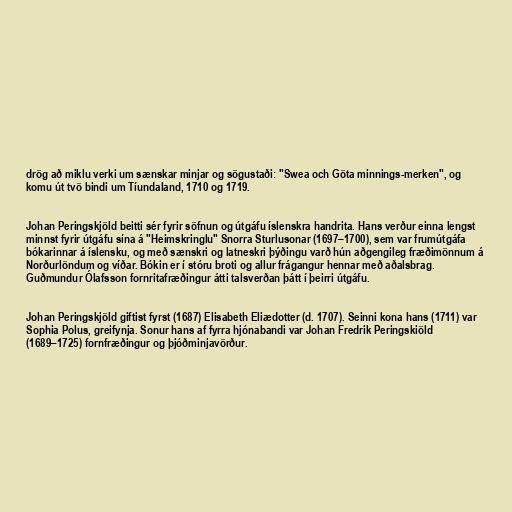
drög að miklu verki um sænskar minjar og sögustaði: "Swea och Göta minnings-merken", og
komu út tvö bindi um Tíundaland, 1710 og 1719.

Johan Peringskjöld beitti sér fyrir söfnun og útgáfu íslenskra handrita. Hans verður einna lengst
minnst fyrir útgáfu sína á "Heimskringlu" Snorra Sturlusonar (1697–1700), sem var frumútgáfa
bókarinnar á íslensku, og með sænskri og latneskri þýðingu varð hún aðgengileg fræðimönnum á
Norðurlöndum og víðar. Bókin er í stóru broti og allur frágangur hennar með aðalsbrag.
Guðmundur Ólafsson fornritafræðingur átti talsverðan þátt í þeirri útgáfu.

Johan Peringskjöld giftist fyrst (1687) Elisabeth Eliædotter (d. 1707). Seinni kona hans (1711) var
Sophia Polus, greifynja. Sonur hans af fyrra hjónabandi var Johan Fredrik Peringskiöld
(1689–1725) fornfræðingur og þjóðminjavörður.